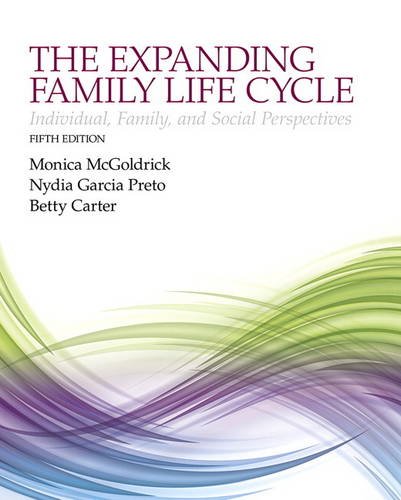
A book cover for The Expanding Family Life Cycle: Individual, Family, and Social Perspectives (5th Edition); Monica McGoldrick; Medical Books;